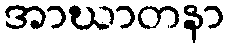
အာဃာတနာ